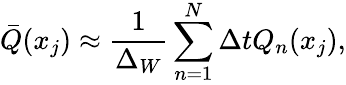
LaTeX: \bar{Q}(x_{j})\approx\frac{1}{\Delta_{W}}\sum_{n=1}^{N}\Delta tQ_{n}(x_{j}),